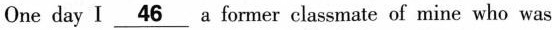
One day I \underline{46} a former classmate of mine who was